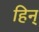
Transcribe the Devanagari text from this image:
हिन्